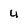
Character: 4